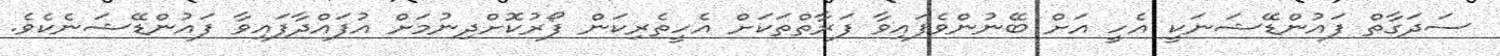
ސަދަގާތް ފައުންޑޭޝަނަކީ އެހީ އަށް ބޭނުންވެފައިވާ ފަރާތްތަކަށް އެހީތެރިކަން ފޯރުކޮށްދިނުމަށް އުފައްދާފައިވާ ފައުންޑޭޝަނެކެވެ.